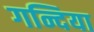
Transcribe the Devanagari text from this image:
गन्दिया